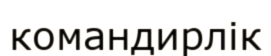
командирлік